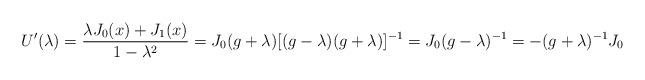
LaTeX: \begin{align*}U^{\prime}(\lambda) = \frac{ \lambda J_{0}(x) + J_{1}(x) }{ 1- {\lambda}^{2} } = J_{0} (g + \lambda) [ (g - \lambda) (g + \lambda)]^{-1} =J_{0} (g - \lambda)^{-1} = - (g + \lambda)^{-1} J_{0}\end{align*}